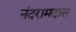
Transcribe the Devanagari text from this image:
नंदरामदास